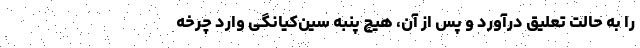
را به حالت تعلیق درآورد و پس از آن، هیچ پنبه سین‌کیانگی وارد چرخه